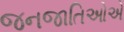
જનજાતિઓએ